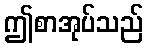
ဤစာအုပ်သည်